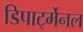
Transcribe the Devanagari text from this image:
डिपार्ट्मेनल